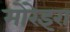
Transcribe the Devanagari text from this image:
मोरेइरा